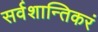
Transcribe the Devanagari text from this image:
सर्वशान्तिकरं